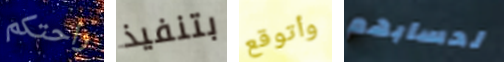
راحتكم بتنفيذ وأتوقع لحسابهم